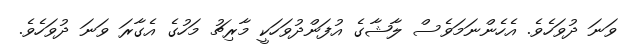
ވަނަ ދުވަހެވެ. އެހެންނަމަވެސް ލާޝާގެ އުފަންދުވަހަކީ މާރިޗު މަހުގެ އެގާރަ ވަނަ ދުވަހެވެ.